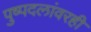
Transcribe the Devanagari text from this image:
पुष्पदलांवरही